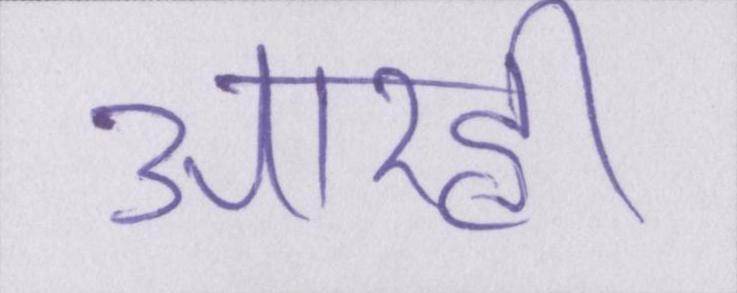
आरही